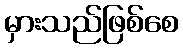
မှားသည်ဖြစ်စေ